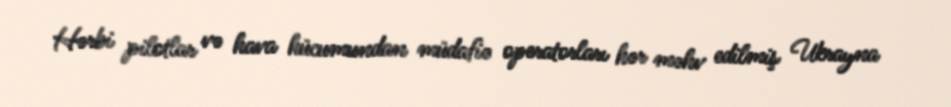
Hərbi pilotlar və hava hücumundan müdafiə operatorları hər məhv edilmiş Ukrayna